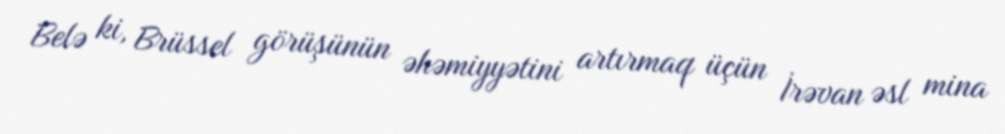
Belə ki, Brüssel görüşünün əhəmiyyətini artırmaq üçün İrəvan əsl mina